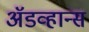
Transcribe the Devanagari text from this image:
अॅडव्हान्स